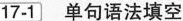
17-1 单句语法填空